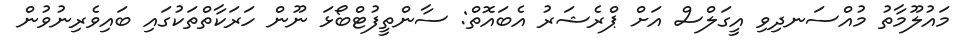
މައުލޫމާތު މުއްސަނދިވި އީގަލްސް އަށް ޕްރެޝަރު އެބައޮތް: ސާންތީފުޓްބޯޅަ ނޫން ހަރަކާތްތަކުގައި ބައިވެރިނުވުން